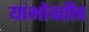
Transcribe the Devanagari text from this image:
यांभोवतीच